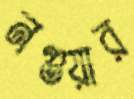
নগুয়ার